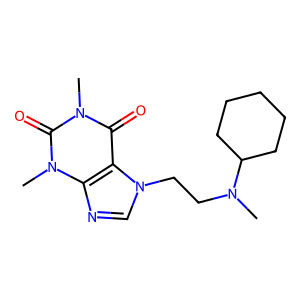
SMILES: CN(CCn1cnc2c1c(=O)n(C)c(=O)n2C)C1CCCCC1
Inhibits HIV replication: No